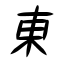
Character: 東